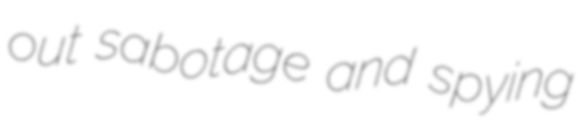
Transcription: out sabotage and spying